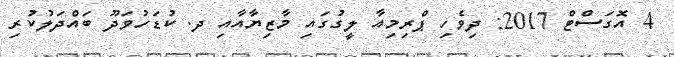
4 އޮގަސްޓް 2017: ދިވެހި ޕްރިމިއާ ލީގުގައި މާޒިޔާއާއި ދ. ކުޑަހުވަދޫ ބައްދަލުކުރި